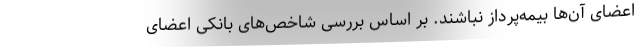
اعضای آن‌ها بیمه‌پرداز نباشند. بر اساس بررسی شاخص‌های بانکی اعضای